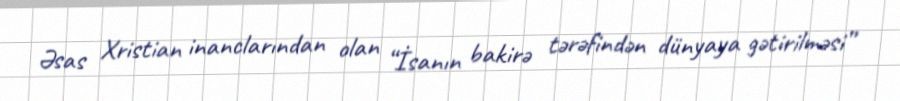
Əsas Xristian inanclarından olan “İsanın bakirə tərəfindən dünyaya gətirilməsi”